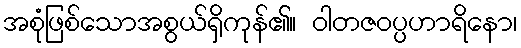
အစုံဖြစ်သောအစွယ်ရှိကုန်၏။ ဝါတဇဝပ္ပဟာရိနော၊